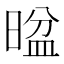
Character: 𱢖